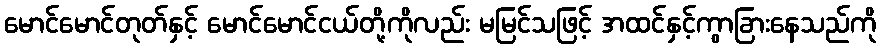
မောင်မောင်တုတ်နှင့် မောင်မောင်ငယ်တို့ကိုလည်း မမြင်သဖြင့် အထင်နှင့်ကွာခြားနေသည်ကို